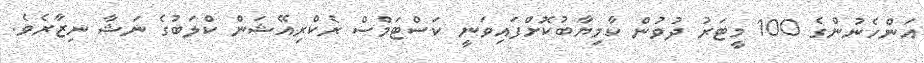
އަންހެނުންގެ 100 މީޓަރު ދުވުން ކާމިޔާބުކޮށްފައިވަނީ ކަސްޓަމްސް ރެކްރިއޭޝަން ކްލަބުގެ ނަޝާ ނިޒާރެވެ.